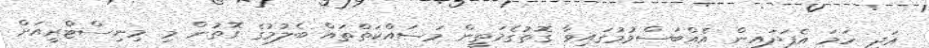
އަދި ހަމަ އެފަދައިން އެއްބަސްވުމުގައިވާ ގޮތުގެމަތީން މަސައްކަތްތައް ބެލުމުގެ ގޮތުން މި މިނިސްޓްރީއަށް